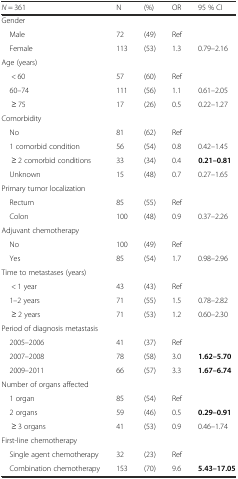
| N = 361 | N | (%) | OR | 95 % CI |
 | --- | --- | --- | --- | --- |
 | Gender |  |  |  |  |
 | Male | 72 | (49) | Ref |  |
 | Female | 113 | (53) | 1.3 | 0.79–2.16 |
 | Age (years) |  |  |  |  |
 | < 60 | 57 | (60) | Ref |  |
 | 60–74 | 111 | (56) | 1.1 | 0.61–2.05 |
 | ≥ 75 | 17 | (26) | 0.5 | 0.22–1.27 |
 | Comorbidity |  |  |  |  |
 | No | 81 | (62) | Ref |  |
 | 1 comorbid condition | 56 | (54) | 0.8 | 0.42–1.45 |
 | ≥ 2 comorbid conditions | 33 | (34) | 0.4 | 0.21–0.81 |
 | Unknown | 15 | (48) | 0.7 | 0.27–1.65 |
 | Primary tumor localization |  |  |  |  |
 | Rectum | 85 | (55) | Ref |  |
 | Colon | 100 | (48) | 0.9 | 0.37–2.26 |
 | Adjuvant chemotherapy |  |  |  |  |
 | No | 100 | (49) | Ref |  |
 | Yes | 85 | (54) | 1.7 | 0.98–2.96 |
 | Time to metastases (years) |  |  |  |  |
 | < 1 year | 43 | (43) | Ref |  |
 | 1–2 years | 71 | (55) | 1.5 | 0.78–2.82 |
 | ≥ 2 years | 71 | (53) | 1.2 | 0.60–2.30 |
 | Period of diagnosis metastasis |  |  |  |  |
 | 2005–2006 | 41 | (37) | Ref |  |
 | 2007–2008 | 78 | (58) | 3.0 | 1.62–5.70 |
 | 2009–2011 | 66 | (57) | 3.3 | 1.67–6.74 |
 | Number of organs affected |  |  |  |  |
 | 1 organ | 85 | (54) | Ref |  |
 | 2 organs | 59 | (46) | 0.5 | 0.29–0.91 |
 | ≥ 3 organs | 41 | (53) | 0.9 | 0.46–1.74 |
 | First-line chemotherapy |  |  |  |  |
 | Single agent chemotherapy | 32 | (23) | Ref |  |
 | Combination chemotherapy | 153 | (70) | 9.6 | 5.43–17.05 |